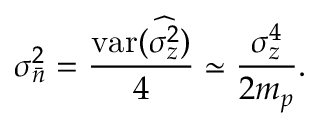
\sigma _ { \bar { n } } ^ { 2 } = \frac { \mathrm { v a r } ( \widehat { \sigma _ { z } ^ { 2 } } ) } { 4 } \simeq \frac { \sigma _ { z } ^ { 4 } } { 2 m _ { p } } .